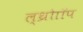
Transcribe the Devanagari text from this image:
ल्थ्रोाॉप